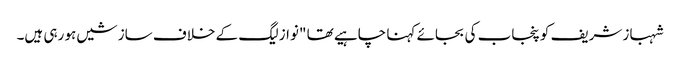
شہباز شریف کو پنجاب کی بجائے کہنا چاہیے تھا "نواز لیگ کے خلاف سازشیں ہو رہی ہیں۔